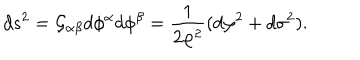
d s ^ { 2 } = { \cal G } _ { \alpha \beta } d \phi ^ { \alpha } d \phi ^ { \beta } = \frac { 1 } { 2 \varphi ^ { 2 } } ( d \varphi ^ { 2 } + d \sigma ^ { 2 } ) .